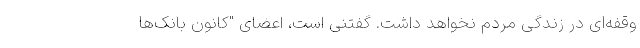
وقفه‌ای در زندگی مردم نخواهد داشت. گفتنی است، اعضای "کانون بانک‌ها